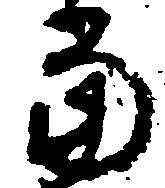
当